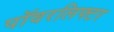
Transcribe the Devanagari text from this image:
पॉवरलिफ्टर